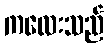
ကလေးသည်